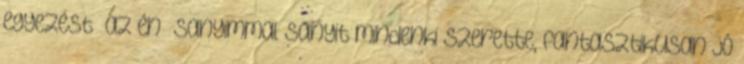
egyezést „az én” Sanyimmal Sanyit mindenki szeret­te, fantasztikusan jó